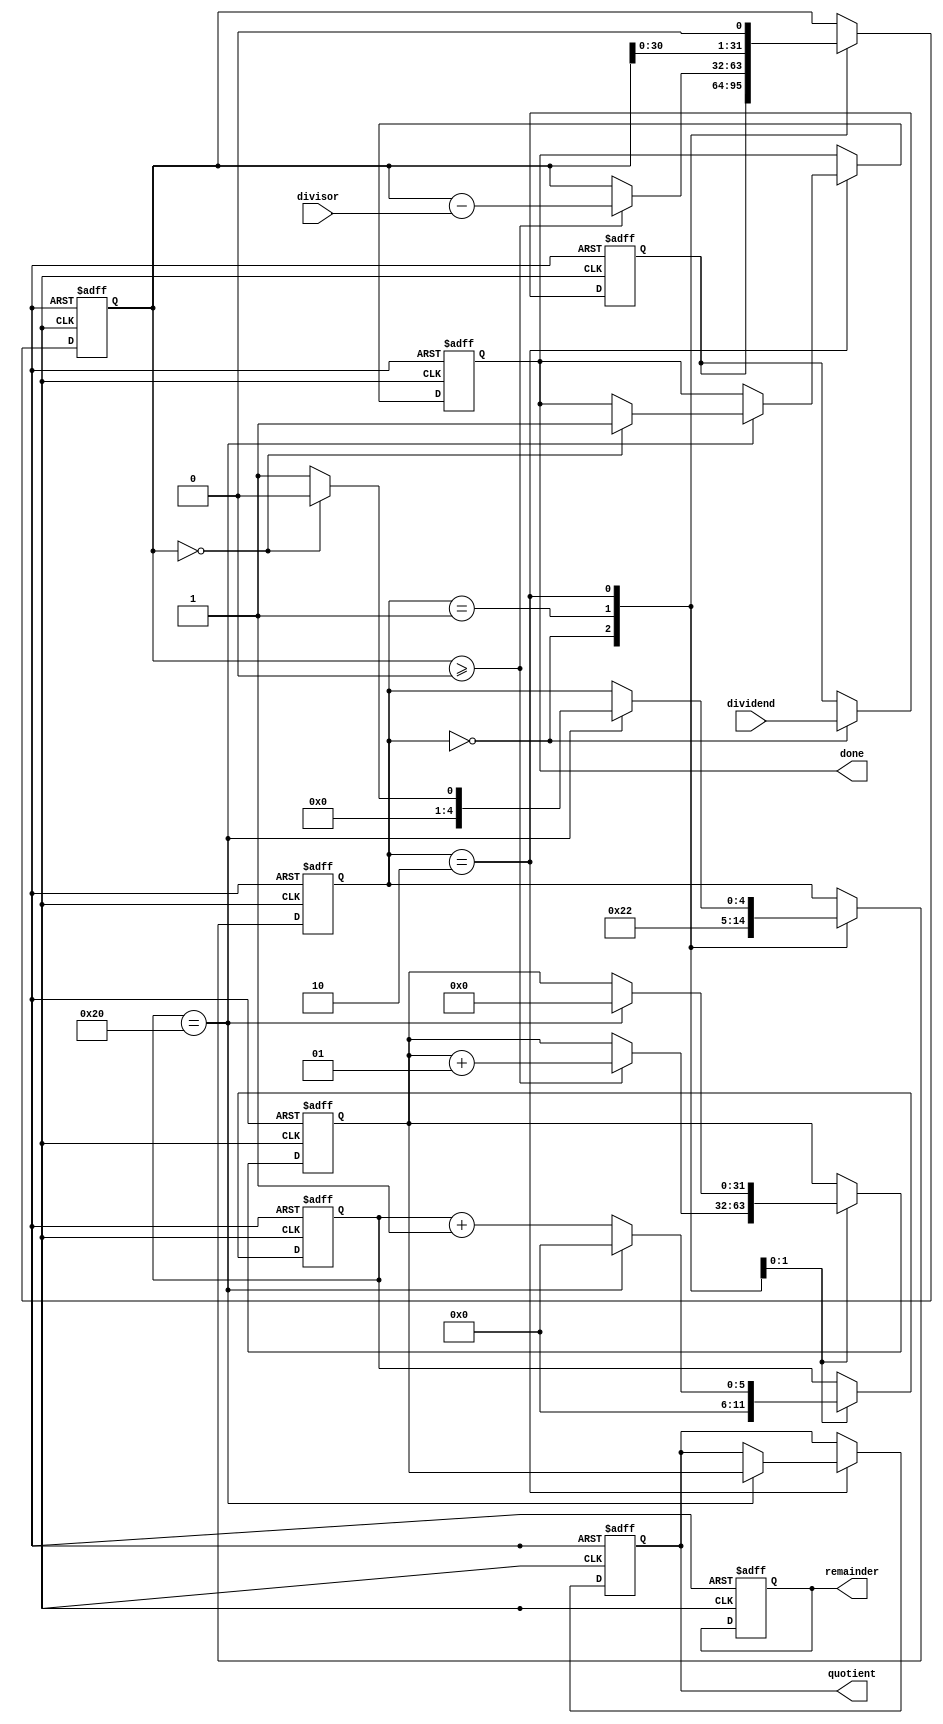
module radix2_srt_divider (
  input signed [31:0] dividend,
  input signed [31:0] divisor,
  
  output reg signed [31:0] quotient,
  output reg signed [31:0] remainder,
  output reg done
);

reg signed [31:0] temp_dividend;
reg signed [31:0] temp_remainder;
reg signed [31:0] partial_quotient;
reg [5:0] shift_count;
reg [4:0] stage;

always @(posedge clk or posedge reset) begin
  if (reset) begin
    quotient <= 0;
    remainder <= 0;
    done <= 0;
    temp_dividend <= 0;
    temp_remainder <= 0;
    partial_quotient <= 0;
    shift_count <= 0;
    stage <= 0;
  end else begin
    case (stage)
      0: begin
        temp_dividend <= dividend;
        temp_remainder <= temp_dividend;
        stage <= 1;
      end
      1: begin
        if (temp_remainder >= 0) begin
          partial_quotient <= partial_quotient + 1;
          temp_remainder <= temp_remainder - divisor;
        end
        shift_count <= 0;
        stage <= 2;
      end
      2: begin
        temp_remainder <= temp_remainder << 1;
        shift_count <= shift_count + 1;
        if (shift_count == 32) begin
          quotient <= partial_quotient;
          partial_quotient <= 0;
          shift_count <= 0;
          if (temp_remainder == 0) begin
            done <= 1;
            stage <= 0;
          end else begin
            stage <= 1;
          end
        end
      end
    endcase
  end
end

endmodule